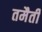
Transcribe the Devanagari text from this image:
तमैती